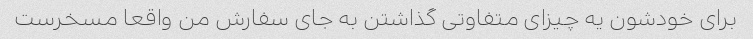
برای خودشون یه چیزای متفاوتی گذاشتن به جای سفارش من واقعا مسخرست